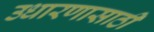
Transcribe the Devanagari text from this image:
उधारणासाठी